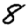
Digit: 8